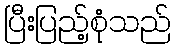
ပြီးပြည့်စုံသည်